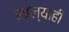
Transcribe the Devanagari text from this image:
रचल्याही